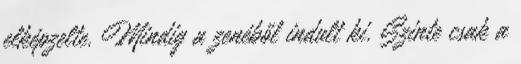
elképzelte. Mindig a zenéből indult ki. Szinte csak a